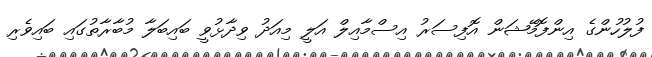
ފުލުހުންގެ އިންފޮމޭޝަން އޮފިސަރު އިސްމާއިލް އަލީ މިއަދު ވިދާޅުވީ ބައިބަލާ މުބާރާތުގައި ބައިވެރި